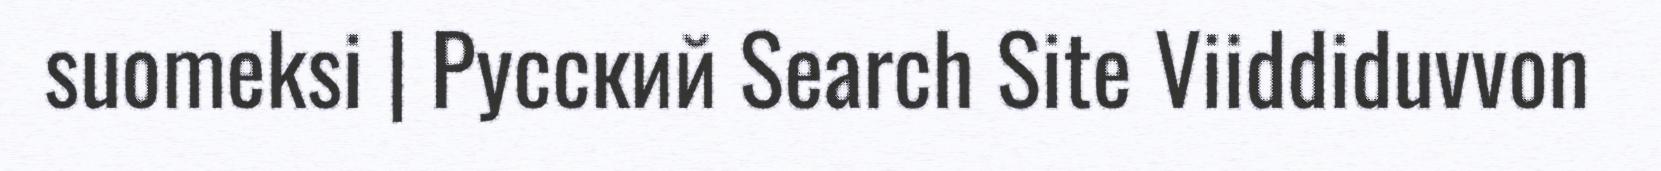
suomeksi | Русский Search Site Viiddiduvvon